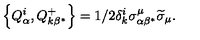
\left\{ Q _ { \alpha } ^ { i } , Q _ { k \beta ^ { * } } ^ { + } \right\} = 1 / 2 \delta _ { k } ^ { i } \sigma _ { \alpha \beta ^ { * } } ^ { \mu } \widetilde { \sigma } _ { \mu } .